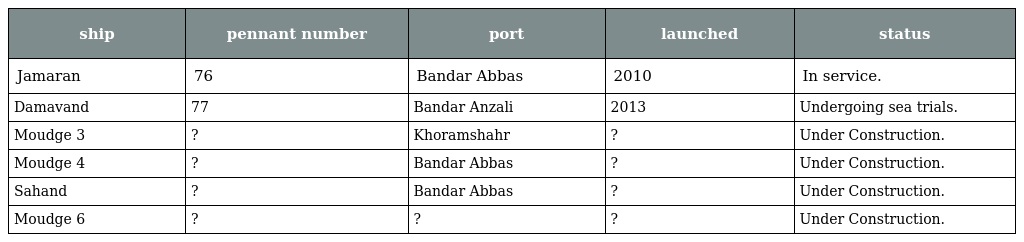
| ship | pennant number | port | launched | status |
 | --- | --- | --- | --- | --- |
 | Jamaran | 76 | Bandar Abbas | 2010 | In service. |
 | Damavand | 77 | Bandar Anzali | 2013 | Undergoing sea trials. |
 | Moudge 3 | ? | Khoramshahr | ? | Under Construction. |
 | Moudge 4 | ? | Bandar Abbas | ? | Under Construction. |
 | Sahand | ? | Bandar Abbas | ? | Under Construction. |
 | Moudge 6 | ? | ? | ? | Under Construction. |